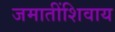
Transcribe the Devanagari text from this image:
जमातींशिवाय